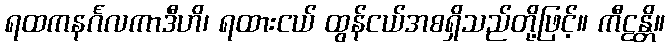
ရထကနင်္ဂလကာဒီဟိ၊ ရထားငယ် ထွန်ငယ်အစရှိသည်တို့ဖြင့်။ ကီဠန္တိ။